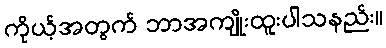
ကိုယ့်အတွက် ဘာအကျိုးထူးပါသနည်း။